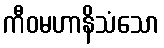
ကီဝမဟာနိသံသော